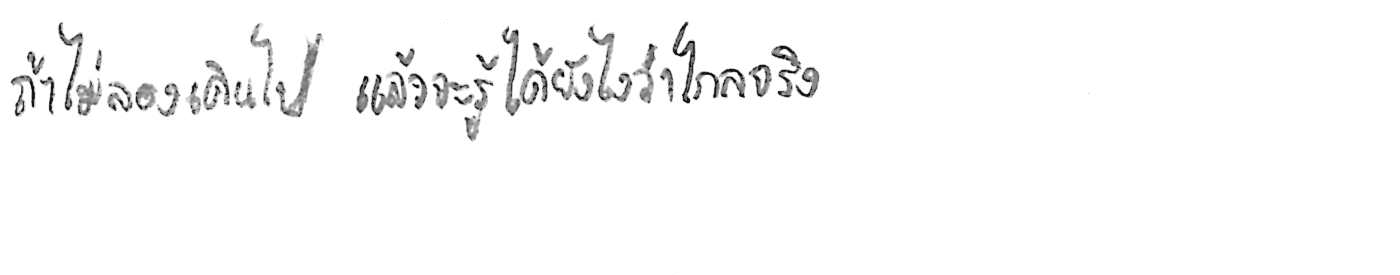
ถ้าไม่ลองเดินไป แล้วจะรู้ได้ยังไงว่าไกลจริง